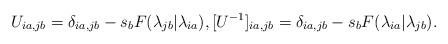
LaTeX: \begin{align*}U_{ia,jb} = \delta_{ia,jb} - s_bF(\lambda_{jb}|\lambda_{ia}),[U^{-1}]_{ia,jb} = \delta_{ia,jb} - s_b F(\lambda_{ia}|\lambda_{jb}).\end{align*}